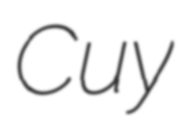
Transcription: Cuy